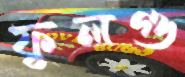
ফুলগু